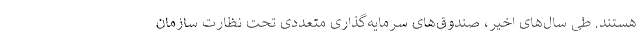
هستند. طی سال‌های اخیر، صندوق‌های سرمایه‌گذاری متعددی تحت نظارت سازمان